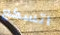
اتسكع